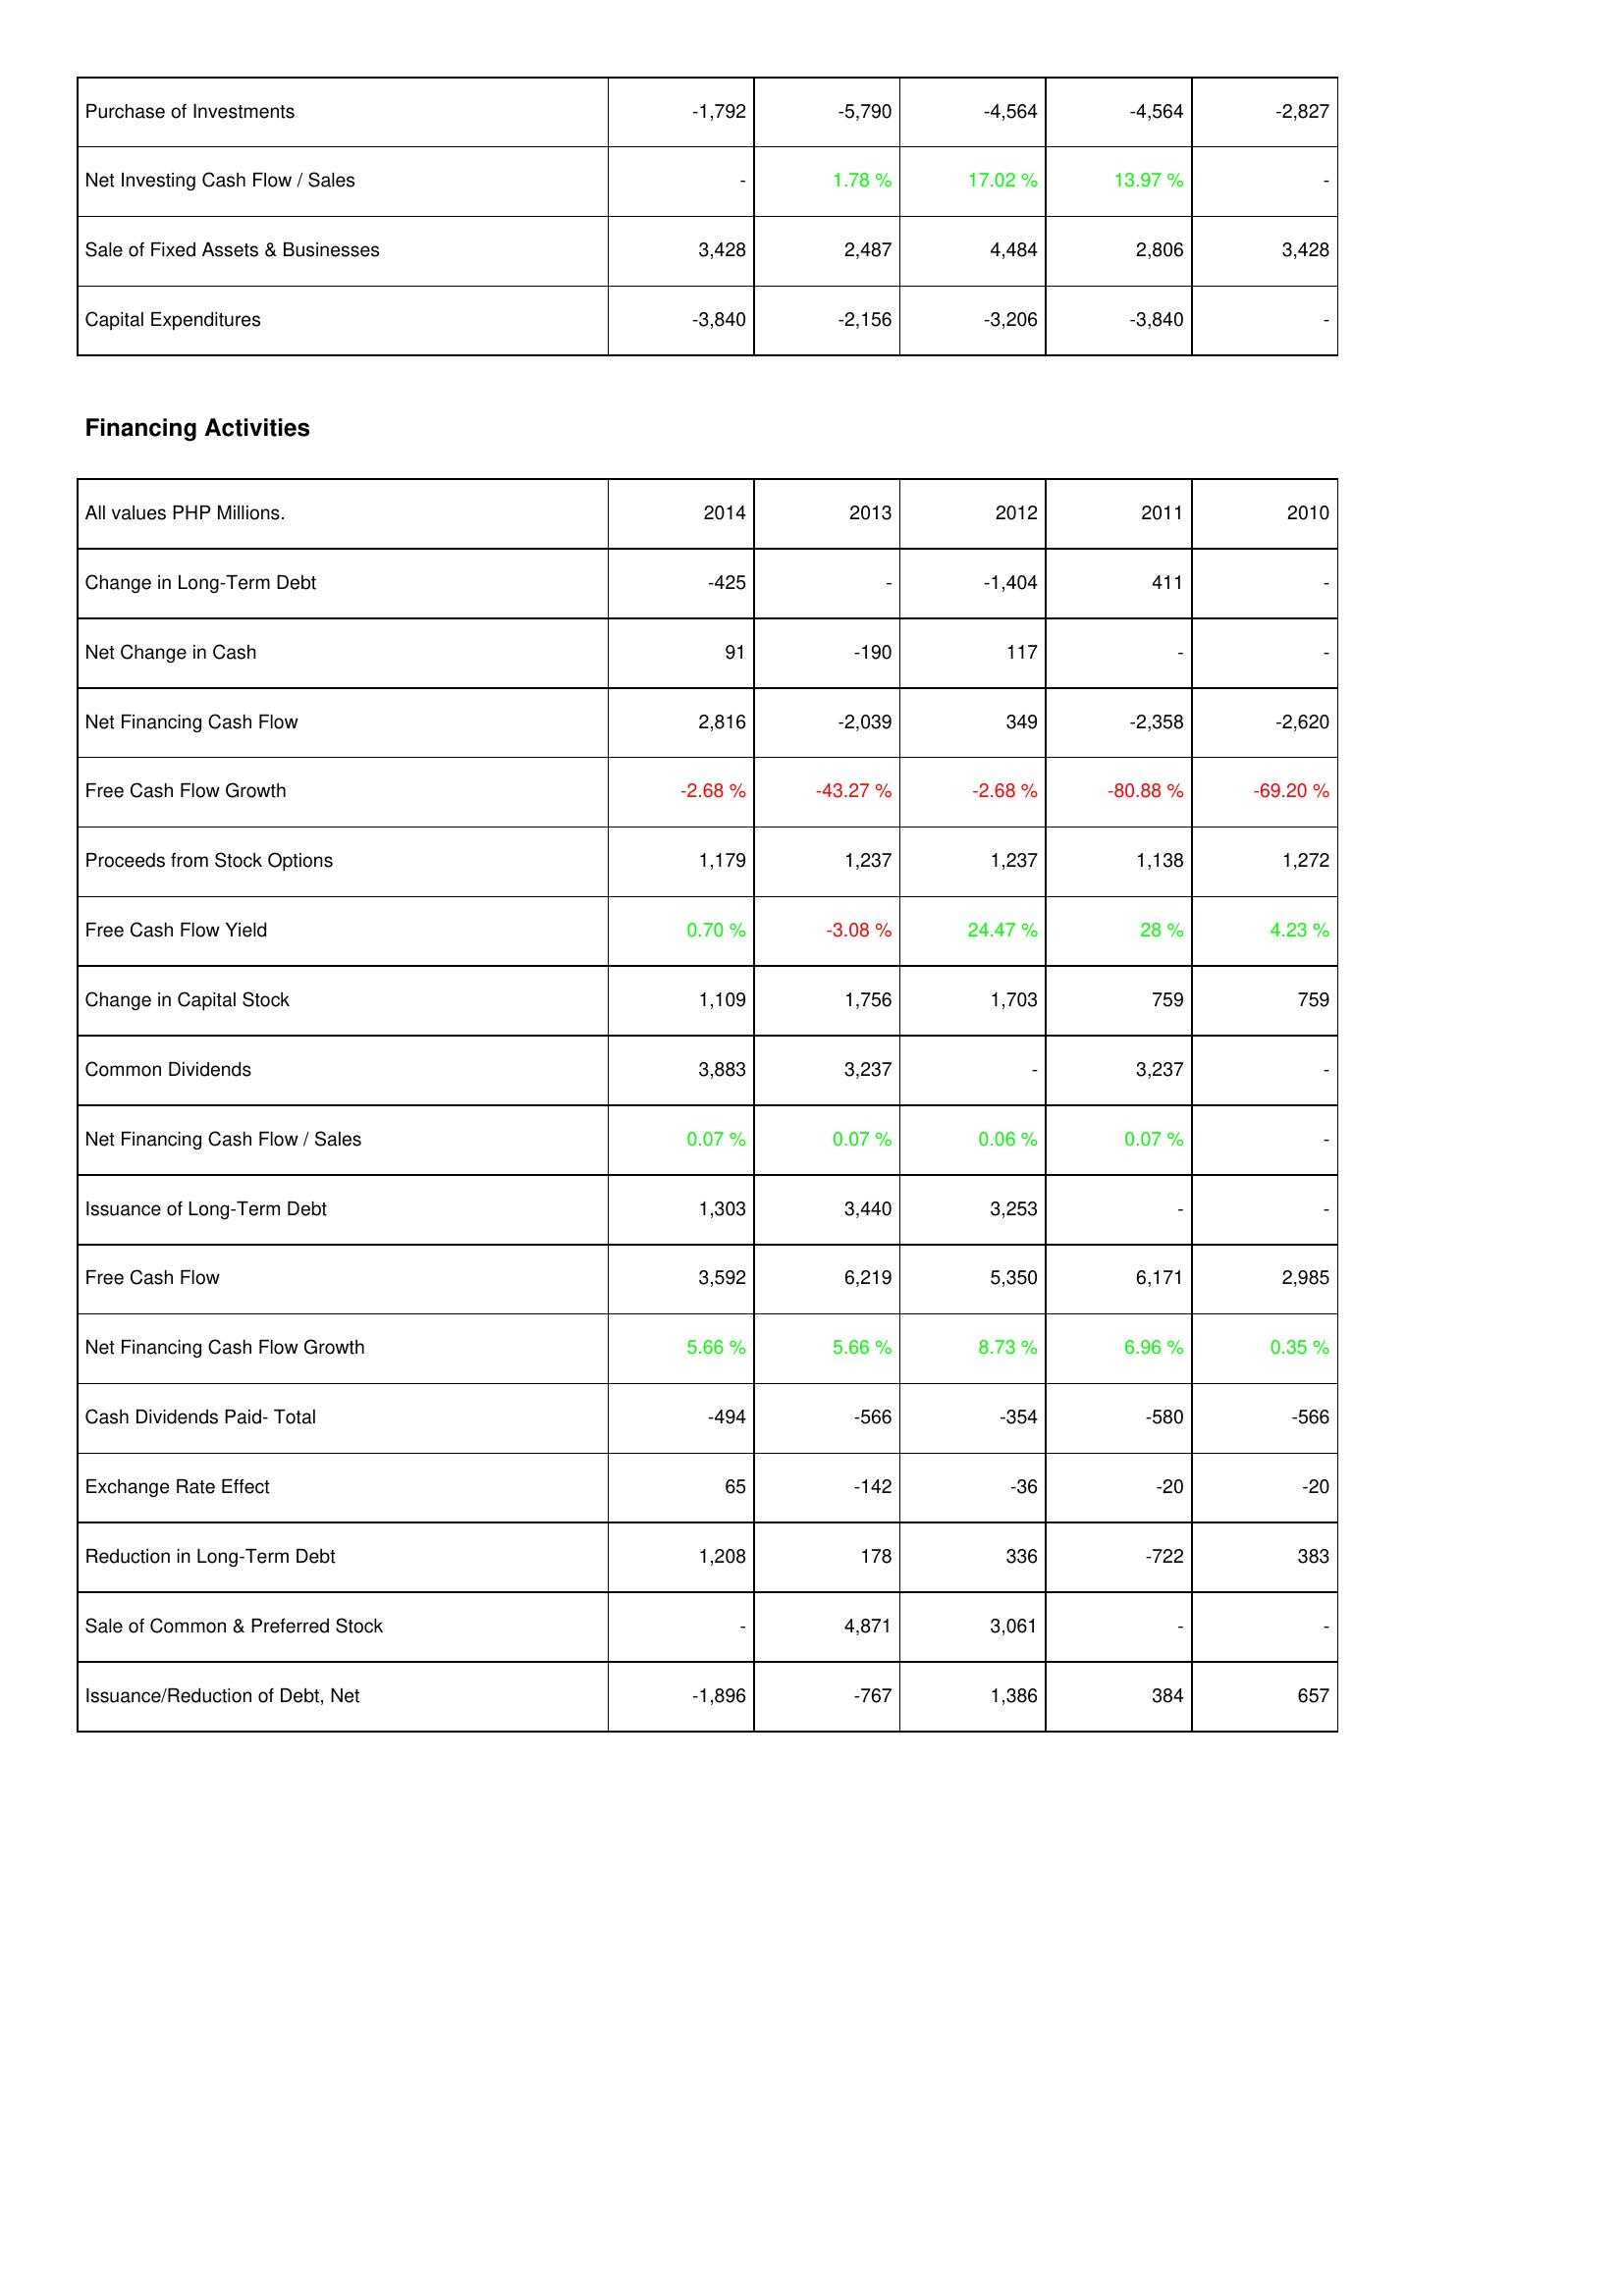
2014: Investing Activities: Purchase of Investments: -1,792
Net Investing Cash Flow / Sales: -
Sale of Fixed Assets & Businesses: 3,428
Capital Expenditures: -3,840
Financing Activities: Change in Long-Term Debt: -425
Net Change in Cash: 91
Net Financing Cash Flow: 2,816
Free Cash Flow Growth: -2.68 %
Proceeds from Stock Options: 1,179
Free Cash Flow Yield: 0.70 %
Change in Capital Stock: 1,109
Common Dividends: 3,883
Net Financing Cash Flow / Sales: 0.07 %
Issuance of Long-Term Debt: 1,303
Free Cash Flow: 3,592
Net Financing Cash Flow Growth: 5.66 %
Cash Dividends Paid- Total: -494
Exchange Rate Effect: 65
Reduction in Long-Term Debt: 1,208
Sale of Common & Preferred Stock: -
Issuance/Reduction of Debt, Net: -1,896
2013: Investing Activities: Purchase of Investments: -5,790
Net Investing Cash Flow / Sales: 1.78 %
Sale of Fixed Assets & Businesses: 2,487
Capital Expenditures: -2,156
Financing Activities: Change in Long-Term Debt: -
Net Change in Cash: -190
Net Financing Cash Flow: -2,039
Free Cash Flow Growth: -43.27 %
Proceeds from Stock Options: 1,237
Free Cash Flow Yield: -3.08 %
Change in Capital Stock: 1,756
Common Dividends: 3,237
Net Financing Cash Flow / Sales: 0.07 %
Issuance of Long-Term Debt: 3,440
Free Cash Flow: 6,219
Net Financing Cash Flow Growth: 5.66 %
Cash Dividends Paid- Total: -566
Exchange Rate Effect: -142
Reduction in Long-Term Debt: 178
Sale of Common & Preferred Stock: 4,871
Issuance/Reduction of Debt, Net: -767
2012: Investing Activities: Purchase of Investments: -4,564
Net Investing Cash Flow / Sales: 17.02 %
Sale of Fixed Assets & Businesses: 4,484
Capital Expenditures: -3,206
Financing Activities: Change in Long-Term Debt: -1,404
Net Change in Cash: 117
Net Financing Cash Flow: 349
Free Cash Flow Growth: -2.68 %
Proceeds from Stock Options: 1,237
Free Cash Flow Yield: 24.47 %
Change in Capital Stock: 1,703
Common Dividends: -
Net Financing Cash Flow / Sales: 0.06 %
Issuance of Long-Term Debt: 3,253
Free Cash Flow: 5,350
Net Financing Cash Flow Growth: 8.73 %
Cash Dividends Paid- Total: -354
Exchange Rate Effect: -36
Reduction in Long-Term Debt: 336
Sale of Common & Preferred Stock: 3,061
Issuance/Reduction of Debt, Net: 1,386
2011: Investing Activities: Purchase of Investments: -4,564
Net Investing Cash Flow / Sales: 13.97 %
Sale of Fixed Assets & Businesses: 2,806
Capital Expenditures: -3,840
Financing Activities: Change in Long-Term Debt: 411
Net Change in Cash: -
Net Financing Cash Flow: -2,358
Free Cash Flow Growth: -80.88 %
Proceeds from Stock Options: 1,138
Free Cash Flow Yield: 28 %
Change in Capital Stock: 759
Common Dividends: 3,237
Net Financing Cash Flow / Sales: 0.07 %
Issuance of Long-Term Debt: -
Free Cash Flow: 6,171
Net Financing Cash Flow Growth: 6.96 %
Cash Dividends Paid- Total: -580
Exchange Rate Effect: -20
Reduction in Long-Term Debt: -722
Sale of Common & Preferred Stock: -
Issuance/Reduction of Debt, Net: 384
2010: Investing Activities: Purchase of Investments: -2,827
Net Investing Cash Flow / Sales: -
Sale of Fixed Assets & Businesses: 3,428
Capital Expenditures: -
Financing Activities: Change in Long-Term Debt: -
Net Change in Cash: -
Net Financing Cash Flow: -2,620
Free Cash Flow Growth: -69.20 %
Proceeds from Stock Options: 1,272
Free Cash Flow Yield: 4.23 %
Change in Capital Stock: 759
Common Dividends: -
Net Financing Cash Flow / Sales: -
Issuance of Long-Term Debt: -
Free Cash Flow: 2,985
Net Financing Cash Flow Growth: 0.35 %
Cash Dividends Paid- Total: -566
Exchange Rate Effect: -20
Reduction in Long-Term Debt: 383
Sale of Common & Preferred Stock: -
Issuance/Reduction of Debt, Net: 657